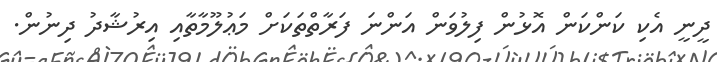
ދީނީ އެކި ކަންކަން އޮޅުން ފިލުވަން އަންނަ ފަރާތްތަކަށް މަޢުލޫމާތާއި އިރުޝާދު ދިނުން.